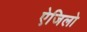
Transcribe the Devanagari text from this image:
ऐजिलो